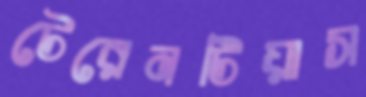
টেরেনটিয়াস